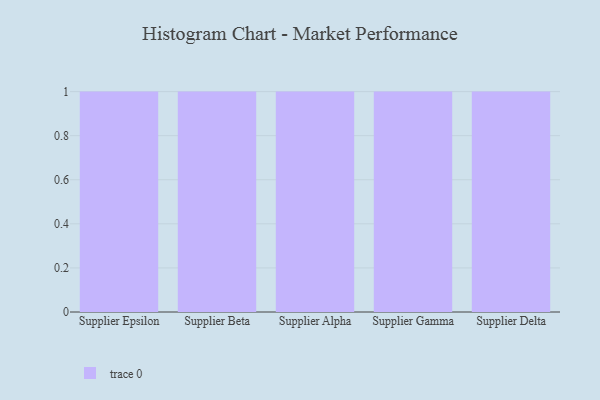
{"axis": {"x": "Supplier", "y": "Gross Profit (USD K)"}, "legend": [""], "data": [{"x": "Supplier Epsilon", "y": 11, "type": ""}, {"x": "Supplier Beta", "y": 28, "type": ""}, {"x": "Supplier Alpha", "y": 98, "type": ""}, {"x": "Supplier Gamma", "y": 3, "type": ""}, {"x": "Supplier Delta", "y": 96, "type": ""}]}